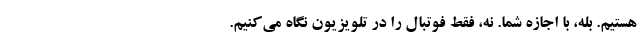
هستیم. بله، با اجازه شما. نه، فقط فوتبال را در تلویزیون نگاه می‌کنیم.